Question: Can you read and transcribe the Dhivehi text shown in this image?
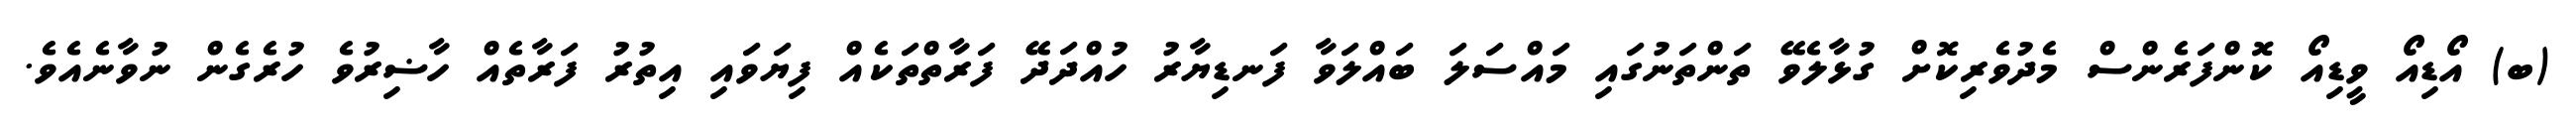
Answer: (ބ) އޯޑިއޯ ވީޑިއޯ ކޮންފަރެންސް މެދުވެރިކޮށް ގުޅާލެވޭ ތަންތަނުގައި މައްސަލަ ބައްލަވާ ފަނޑިޔާރު ހުއްދަދޭ ފަރާތްތަކެއް ފިޔަވައި އިތުރު ފަރާތެއް ހާޟިރުވެ ހުރެގެން ނުވާނެއެވެ.